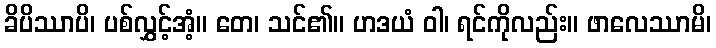
ခိပိဿာပိ၊ ပစ်လွှင့်အံ့။ တေ၊ သင်၏။ ဟဒယံ ဝါ၊ ရင်ကိုလည်း။ ဖာလေဿာမိ၊